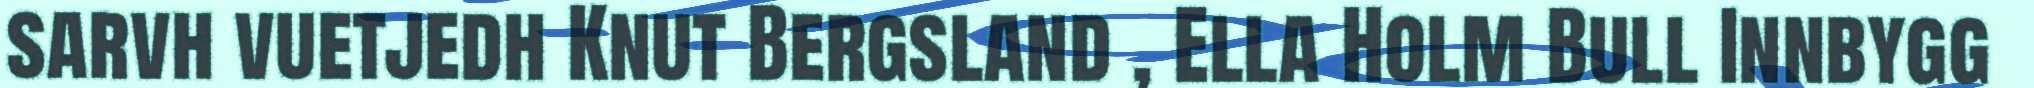
sarvh vuetjedh Knut Bergsland , Ella Holm Bull Innbygg